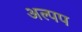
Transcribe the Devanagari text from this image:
अल्पप